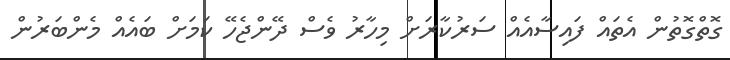
ގޮތްގޮތުން އެތައް ފައިސާއެއް ސަރުކާރަށް މިހާރު ވެސް ދޭންޖެހޭ ކަމަށް ބައެއް މެންބަރުން